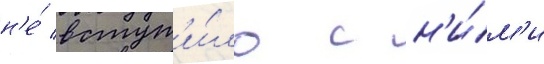
н'е́ вступ'и́ло с н'и́м'и